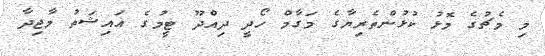
މި މެޗުގެ މޮޅު ކުޅުންތެރިޔާގެ މަގާމް ހޯދީ ދިއްދޫ ޓީމުގެ އައިޝަތު މާޖިދާ